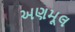
અણમૂલ